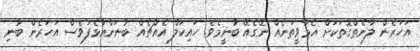
އަހަރެން ލާނެތްގޮތަކަށް އެމާވީތަނެއް ނޭގެއޭ ބުނީމެވެ. ހައިކަލް އެއްޗެއް ބުނަންއުޅެފަވެސް އަހަރެން ބުނި